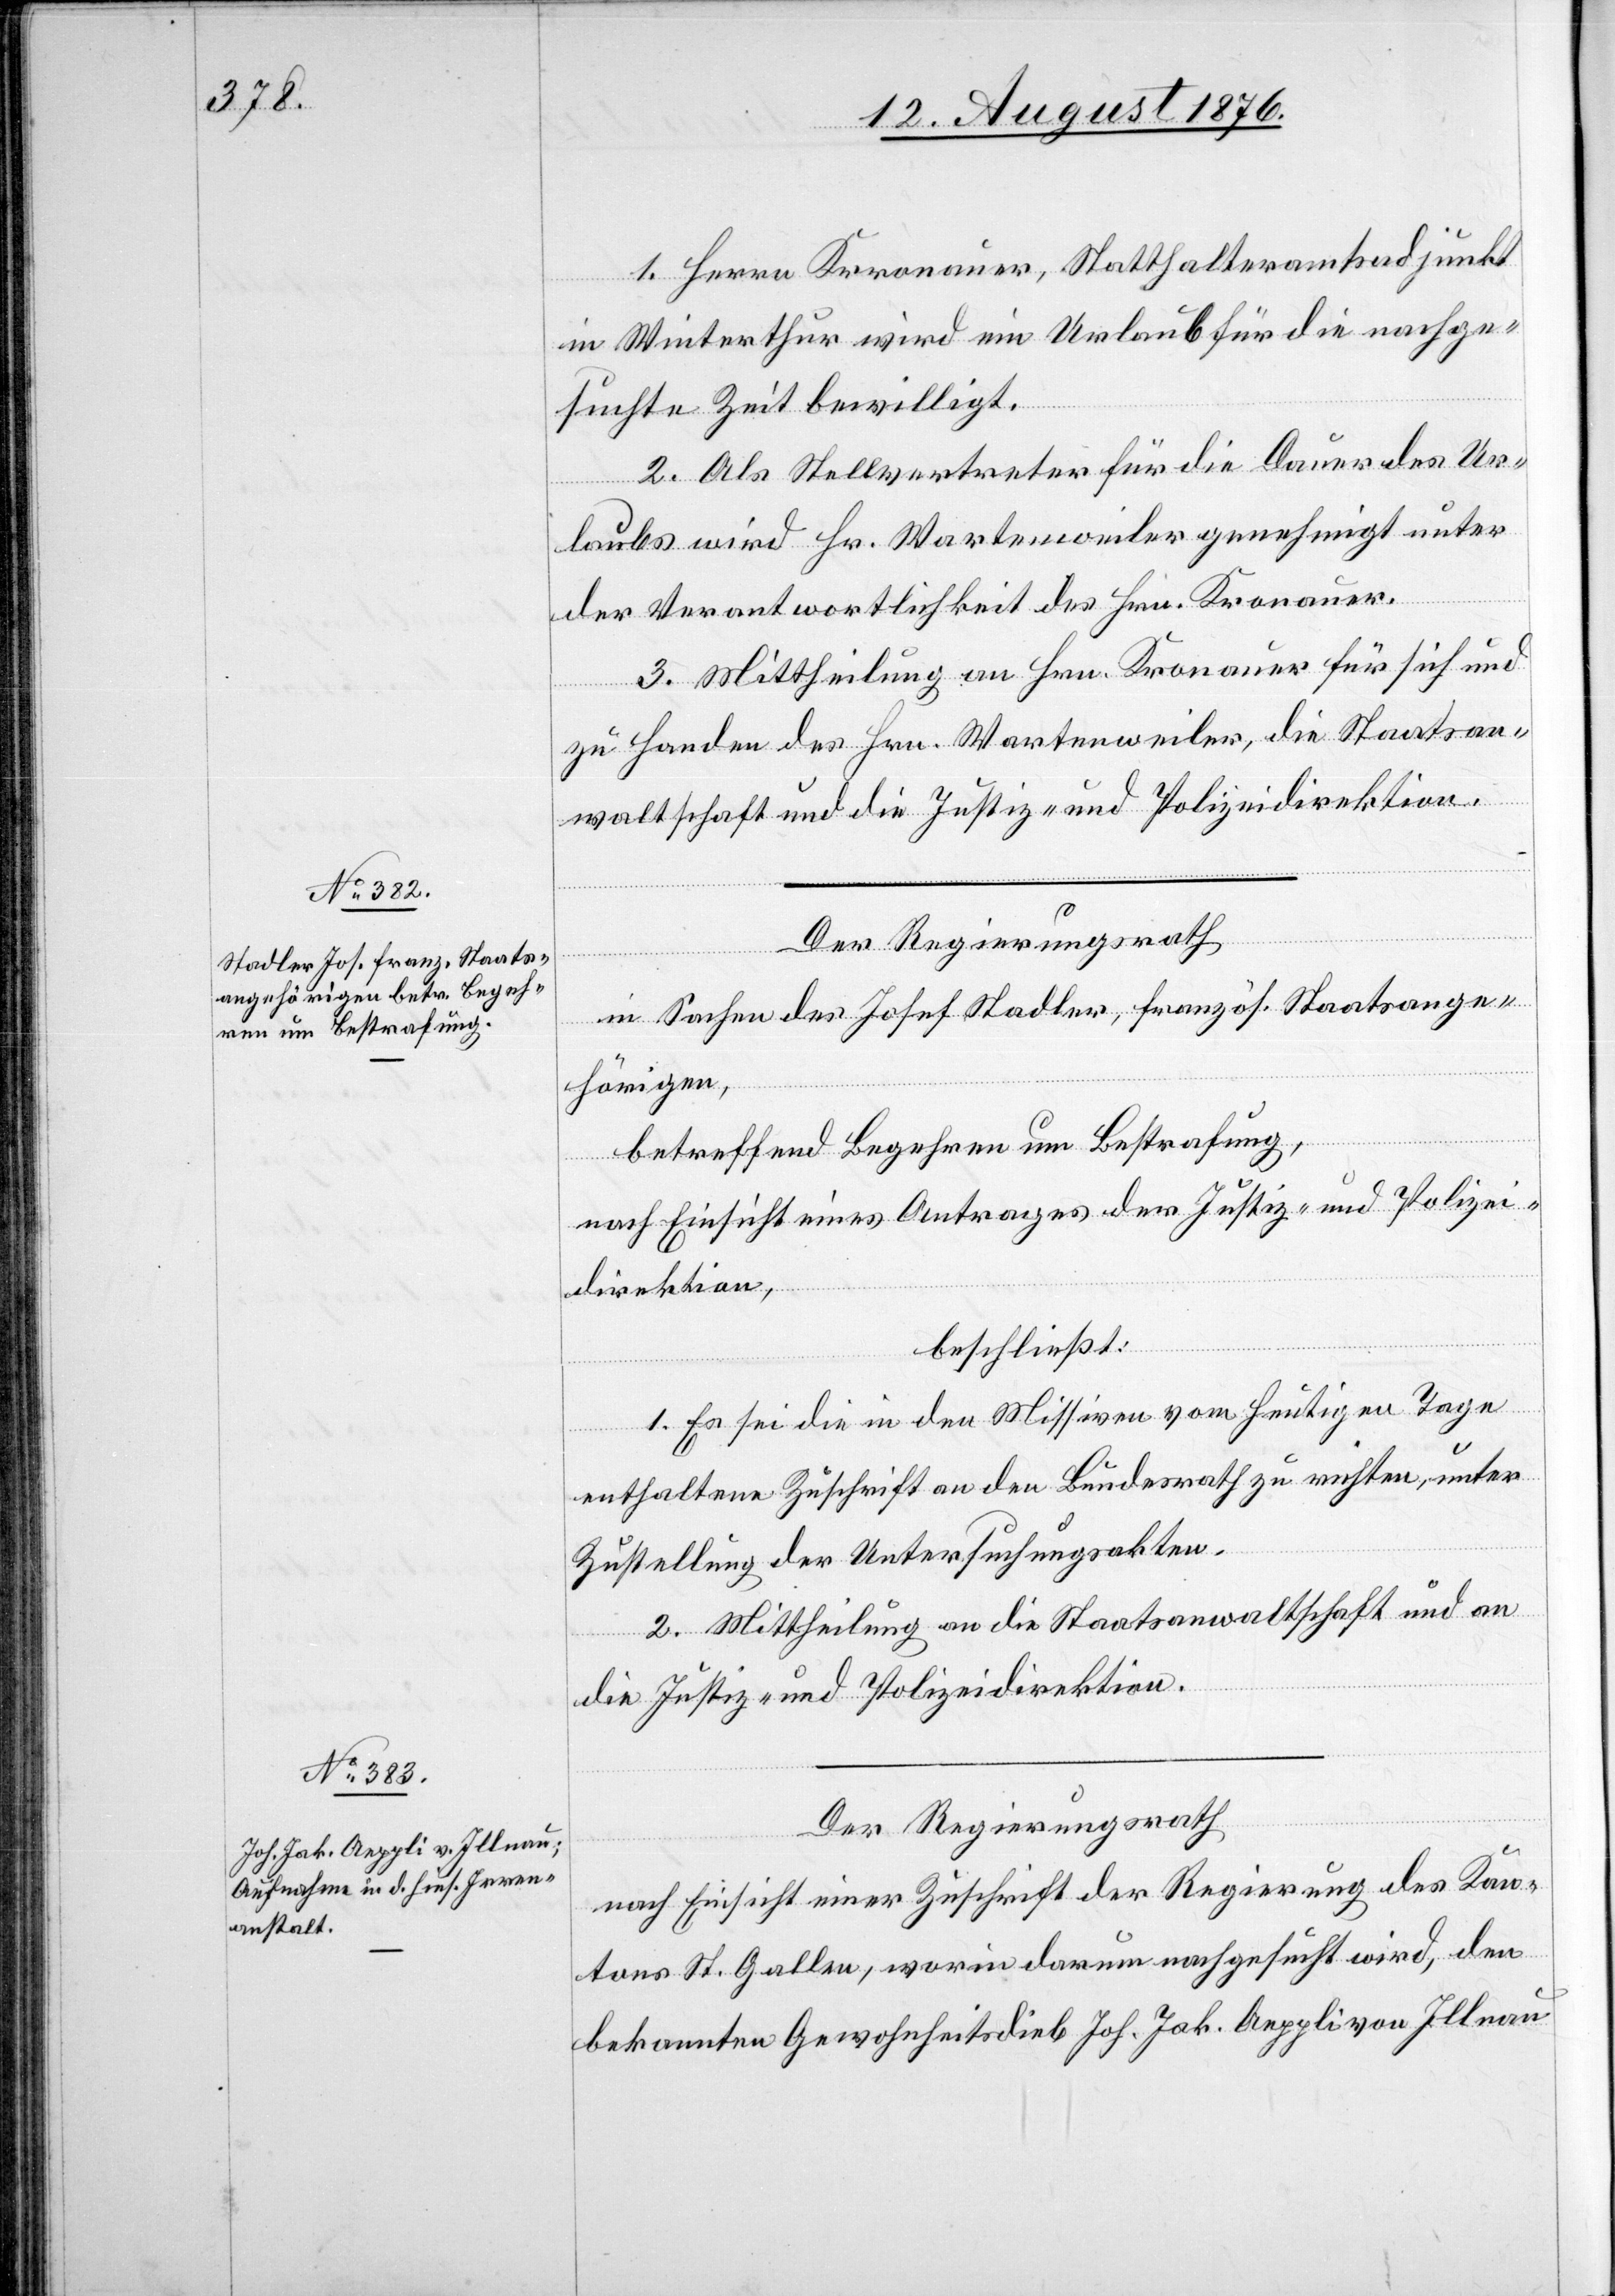
1. Herrn Kronauer, Statthalteradjunkt
in Winterthur wird ein Urlaub für die nachge¬
suchte Zeit bewilligt.
2. Als Stellvertreter für die Dauer des Ur¬
laubs wird Hr. Wartenweiler genehmigt unter
der Verantwortlichkeit des Hrn. Kronauer.
3. Mittheilung an Hrn. Kronauer für sich und
zu Handen des Hrn. Wartenweiler, die Staatsan¬
waltschaft und die Justiz- und Polizeidirektion.
Der Regierungsrath
in Sachen des Josef Stadler, französ. Staatsange¬
hörigen,
betreffend Begehren um Bestrafung,
nach Einsicht eines Antrages der Justiz- und Polizei¬
direktion,
beschließt:
1. Es sei die in den Missiven vom heutigen Tage
enthaltene Zuschrift an den Bundesrath zu richten, unter
Zustellung der Untersuchungsakten.
2. Mittheilung an die Staatsanwaltschaft und an
die Justiz- und Polizeidirektion.
Der Regierungsrath
nach Einsicht einer Zuschrift der Regierung des Kan¬
tons St. Gallen, worin darum nachgesucht wird, den
bekannten Gewohnheitsdieb Joh. Jak. Aeppli von Illnau